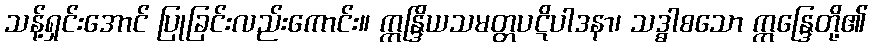
သန့်ရှင်းအောင် ပြုခြင်းလည်းကောင်း။ ဣန္ဒြိယသမတ္တပဋိပါဒနာ၊ သဒ္ဓာစသော ဣန္ဒြေတို့၏